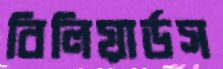
বিলিয়ার্ডস